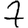
Digit: 7